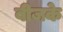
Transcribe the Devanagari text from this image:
बीजके